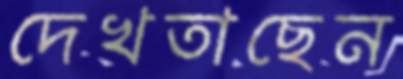
দেখতাছেন